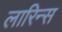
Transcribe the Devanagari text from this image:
लारिन्स